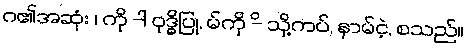
ဂ၏အဆုံး ၊ ကို -ါ ဝုဒ္ဓိပြု, မ်ကို -ိ သို့ကပ်, နာမ်ငဲ့, စသည်။